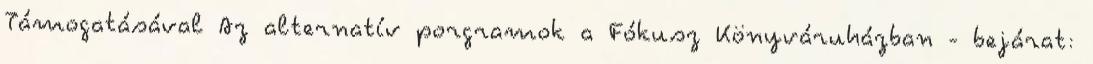
Támogatásával Az alternatív porgramok a Fókusz Könyváruházban - bejárat: